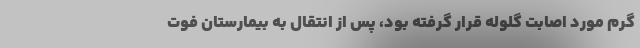
گرم مورد اصابت گلوله قرار گرفته بود، پس از انتقال به بیمارستان فوت